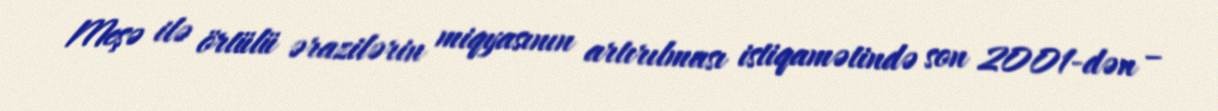
Meşə ilə örtülü ərazilərin miqyasının artırılması istiqamətində son 2001-dən –